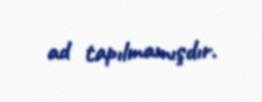
ad tapılmamışdır.